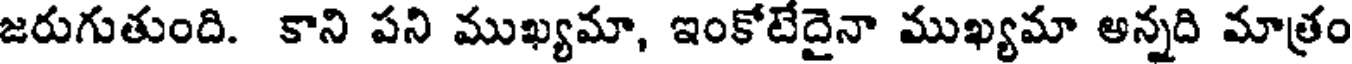
జరుగుతుంది. కాని పని ముఖ్యమా, ఇంకోటేదైనా ముఖ్యమా అన్నది మాత్రం